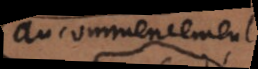
au commencement